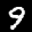
Label: 9